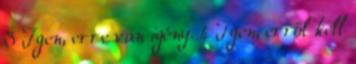
3 Igen, erre van igény. 4 Igen, erről kell